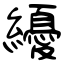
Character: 纋